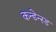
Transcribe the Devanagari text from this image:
कन्डेन्स्ड